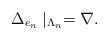
LaTeX: \begin{align*}\Delta_{e_n} \mid_{\Lambda_n} = \nabla.\end{align*}